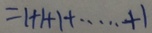
= 1 + 1 + 1 + \cdots + 1